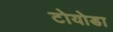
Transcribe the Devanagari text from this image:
टोयोडा